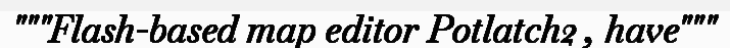
"""Flash-based map editor Potlatch2 , have"""